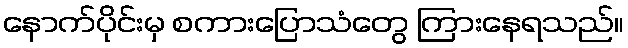
နောက်ပိုင်းမှ စကားပြောသံတွေ ကြားနေရသည်။